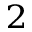
^ { 2 }